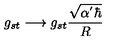
g _ { s t } \longrightarrow g _ { s t } \frac { \sqrt { \alpha ^ { ' } \hbar } } { R }